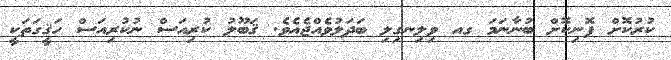
ކުރުކޮށް ފޮނިކޮށް ބުނާނަމަ ގއ ވިލިނގިލި ބަދަލުވެއްޖެއެވެ. ޤަބޫލު ކުރިއަސް ނުކުރިއަސް ހަޤީގަތަކީ